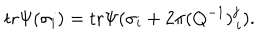
LaTeX: \mathrm { t r } \Psi ( \sigma _ { i } ) = \mathrm { t r } \Psi ( \sigma _ { i } + 2 \pi ( Q ^ { - 1 } ) _ { \, i } ^ { j } ) .